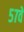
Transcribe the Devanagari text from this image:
५७वें